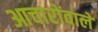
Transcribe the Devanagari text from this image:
आचारोंवाले